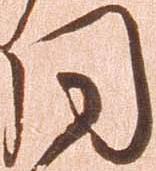
同